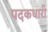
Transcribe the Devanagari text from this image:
पदकधारी